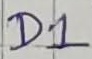
Text: D1